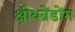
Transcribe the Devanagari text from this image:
क्षीयन्रेंडोंग